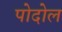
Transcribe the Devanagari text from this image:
पोदोल